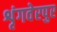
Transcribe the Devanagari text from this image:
शृंगवेरपुर